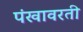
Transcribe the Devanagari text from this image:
पंखावरती